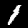
Label: 1